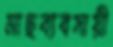
মাছব্যবসায়ী